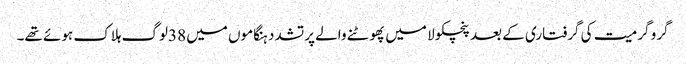
گرو گرمیت کی گرفتاری کے بعد پنچکولا میں پھوٹنے والے پرتشدد ہنگاموں میں 38لوگ ہلاک ہوئے تھے۔